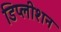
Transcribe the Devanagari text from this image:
डिप्लीशन